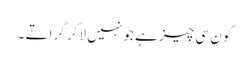
کون سی چیز ہے جو نہیں لا کر گراتے ۔